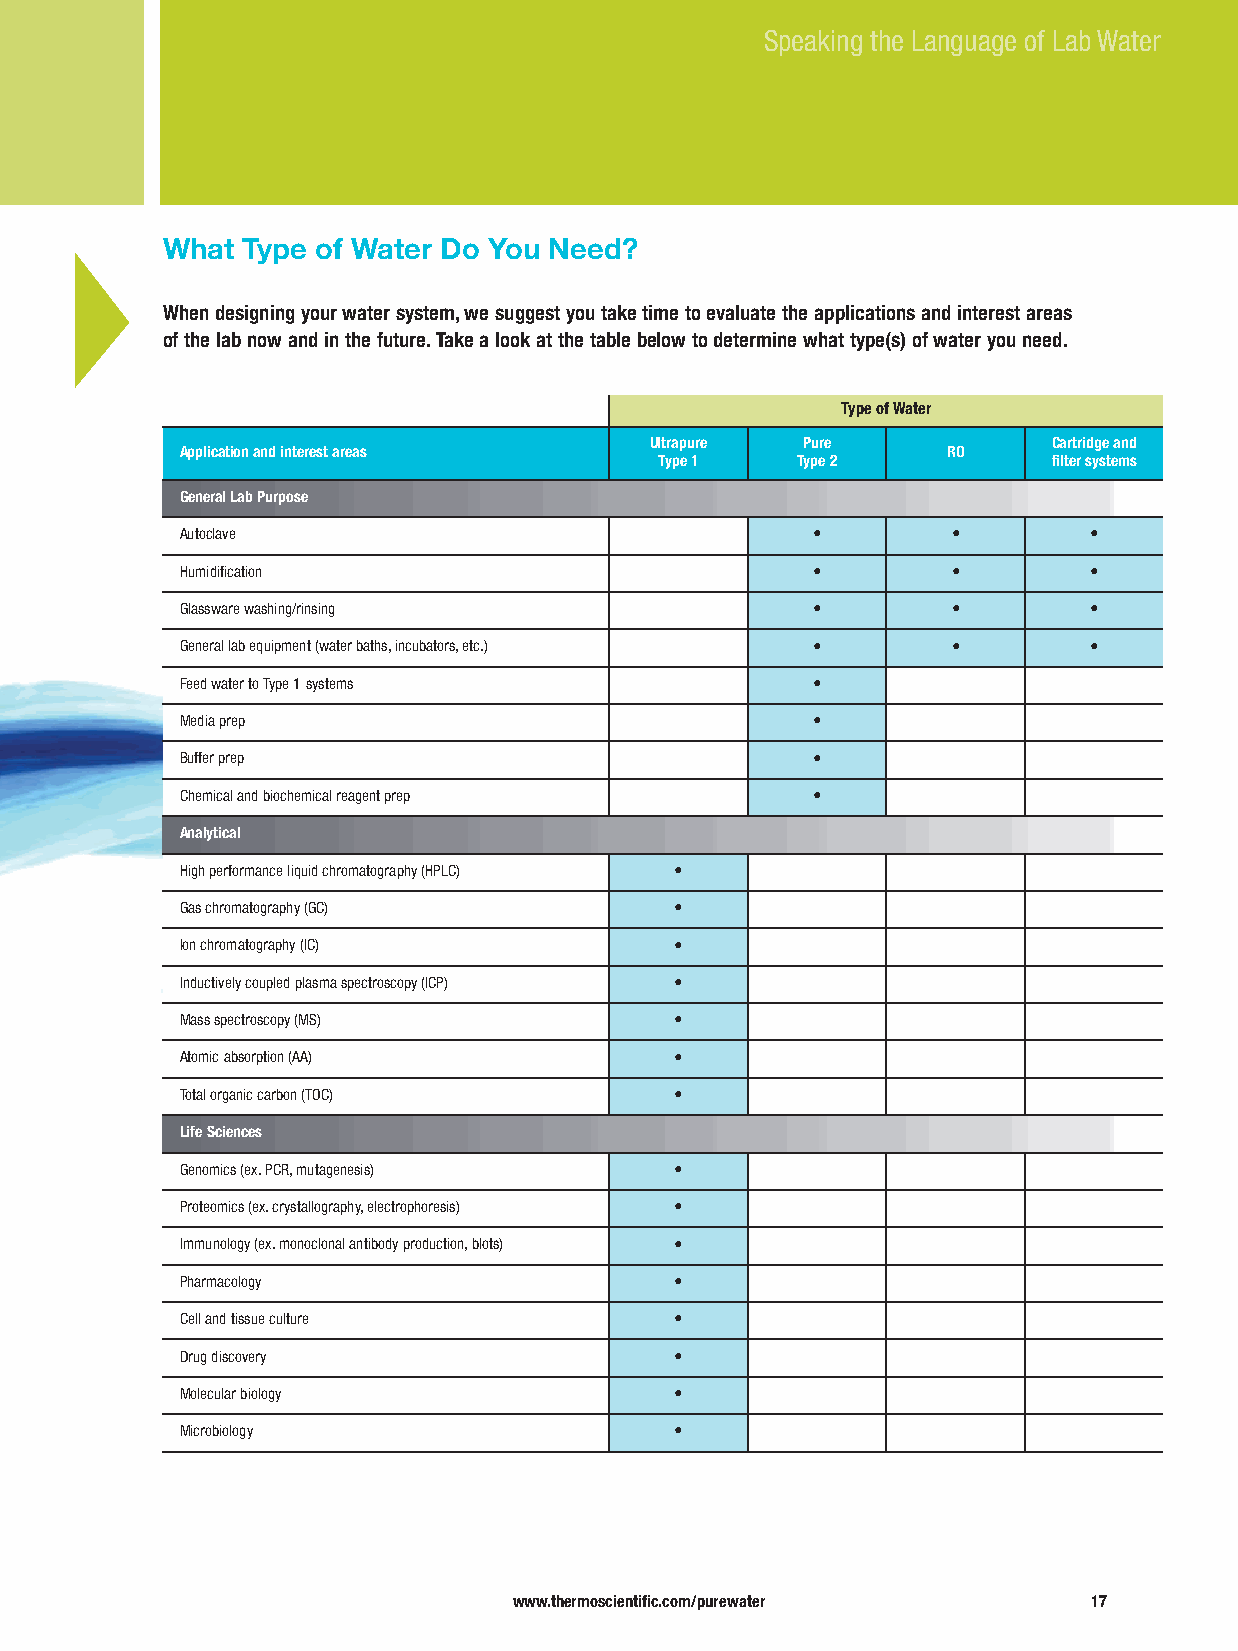
Speaking the Language of Lab Water
 What Type of Water Do You Need?
 When designing your water system, we suggest you take time to evaluate the applications and interest areas
 of the lab now and in the future. Take a look at the table below to determine what type(s) of water you need.
 Type of Water
 Ultrapure Pure             Cartridge and
 Application and interest areas                     RO
 Type 1   Type 2           filter systems
 General Lab Purpose
 Autoclave                                 •        •        •
 Humidification                            •        •        •
 Glassware washing/rinsing                 •        •        •
 General lab equipment (water baths, incubators, etc.) • •   •
 Feed waterto Type 1 systems               •
 Media prep                                •
 Buffer prep                               •
 Chemical and biochemical reagent prep     •
 Analytical
 High performance liquid chromatography (HPLC) •
 Gas chromatography (GC)          •
 Ion chromatography (IC)          •
 Inductively coupled plasma spectroscopy (ICP) •
 Mass spectroscopy (MS)           •
 Atomic absorption (AA)           •
 Total organic carbon (TOC)       •
 Life Sciences
 Genomics (ex. PCR, mutagenesis)  •
 Proteomics (ex. crystallography, electrophoresis) •
 Immunology (ex. monoclonal antibody production, blots) •
 Pharmacology                     •
 Cell and tissue culture          •
 Drug discovery                   •
 Molecular biology                •
 Microbiology                     •
 www.thermoscientific.com/purewater    17